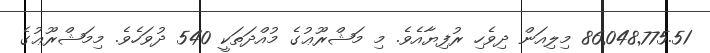
86